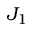
J _ { 1 }